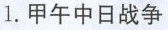
1.甲午中日战争